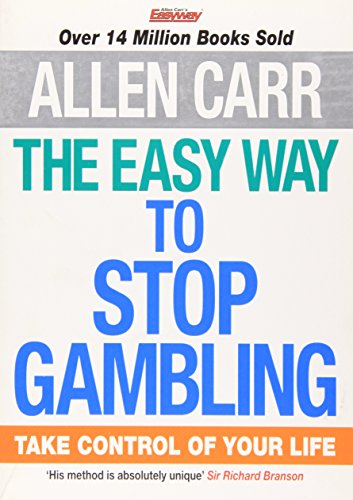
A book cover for The Easy Way to Stop Gambling: Take Control of Your Life; Allen Carr; Health, Fitness & Dieting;